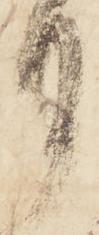
月